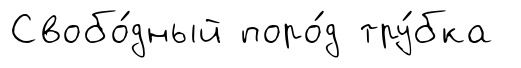
Свобо́дный поро́д тру́бка